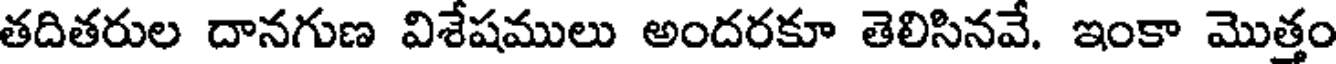
తదితరుల దానగుణ విశేషములు అందరకూ తెలిసినవే. ఇంకా మొత్తం